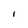
Character: I